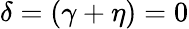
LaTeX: \delta=(\gamma+\eta)=0